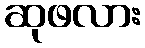
ဆုဖလား